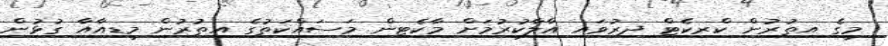
މީގެ އިތުރުން ކްރިކެޓް ދިރުވައި އާލާކުރުމަށް މާކެޓިން މަސައްކަތުގެ އިތުރުން މީޑިއާއާ ގުޅުން